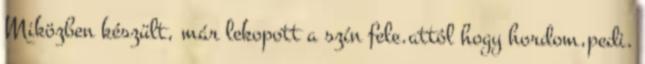
Miközben készült, már lekopott a szín fele.attól hogy hordom,pedi.